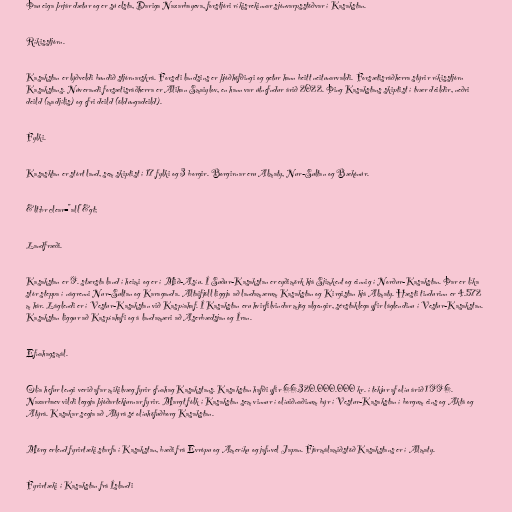
Þau eiga þrjár dætur og er sú elsta, Dariga Nazarbayeva, forstjóri ríkisrekinnar sjónvarpsstöðvar í Kasakstan.

Ríkisstjórn.

Kasakstan er lýðveldi bundið stjórnarskrá. Forseti landsins er þjóðhöfðingi og getur hann beitt neitunarvaldi. Forsætisráðherra stýrir ríkisstjórn
Kasakstans. Núverandi forsætisráðherra er Alihan Smaiylov, en hann var útnefndur árið 2022. Þing Kasakstans skiptist í tvær deildir, neðri
deild (madjílis) og efri deild (öldungadeild).

Fylki.

Kasasktan er stórt land, sem skiptist í 17 fylki og 3 borgir. Borgirnar eru Almaty, Nur-Sultan og Bækónúr.

&lt;br clear="all"&gt;

Landfræði.

Kasakstan er 9. stærsta land í heimi og er í Mið-Asíu. Í Suður-Kasakstan er eyðimörk hjá Sjimkent og einnig í Norður-Kasakstan. Þar er líka
stór steppa í nágrenni Nur-Sultan og Karaganda. Altaifjöll liggja að landamærum Kasakstan og Kirgistan hjá Almaty. Hæsti tindurinn er 4.572
m hár. Láglendi er í Vestur-Kasakstan við Kaspíahaf. Í Kasakstan eru hvirfilvindar mjög algengir, sérstaklega yfir láglendinu í Vestur-Kasakstan.
Kasakstan liggur að Kaspíahafi og á landamæri að Aserbædsjan og Íran.

Efnahagsmál.

Olía hefur lengi verið afar mikilvæg fyrir efnahag Kasakstans. Kasakstan hafði yfir 66.320.000.000 kr. í tekjur af olíu árið 1996.
Nazarbaev vildi leggja þjóðartekjurnar fyrir. Margt fólk í Kasakstan sem vinnur í olíuiðnaðinum býr í Vestur-Kasakstan í borgum eins og Aktá og
Atýrá. Kasakar segja að Atýrá sé olíuhöfuðborg Kasakstan.

Mörg erlend fyrirtæki starfa í Kasakstan, bæði frá Evrópu og Ameríku og jafnvel Japan. Fjármálamiðstöð Kasakstans er í Almaty.

Fyrirtæki í Kasakstan frá Íslandi